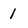
Character: 1